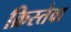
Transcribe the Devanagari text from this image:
क्रिस्तेवा